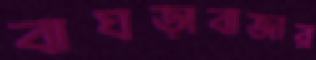
বাঘড়াবাজার